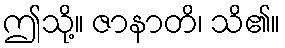
ဤသို့။ ဇာနာတိ၊ သိ၏။